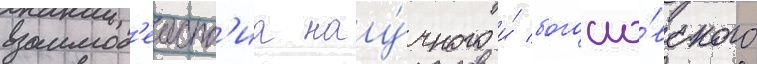
взаимод'еиств'иа нау́чного и́ богосло́вского